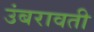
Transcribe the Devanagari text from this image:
उंबरावती